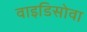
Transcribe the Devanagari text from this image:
वाइडिसोवा